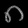
Digit: ၈